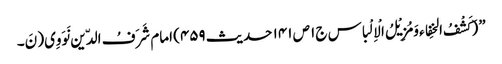
” (کَشْفُ الخِفاء وَمُزِیْلُ الْاِلْباس ج۱ ص ۱۴۱ حدیث ۴۵۹) امام شَرَفُ الدّین نَوَوِی( نَ۔